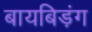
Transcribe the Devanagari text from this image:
बायबिड़ंग